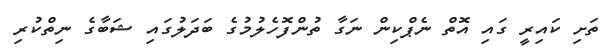
ތަށި ކައިރީ ގައި އޮތް ނެޕްކިން ނަގާ ތުންފޮހެލުމުގެ ބަދަލުގައި ޝަބާގެ ނިތްކުރި